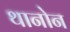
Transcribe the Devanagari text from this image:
थानोन